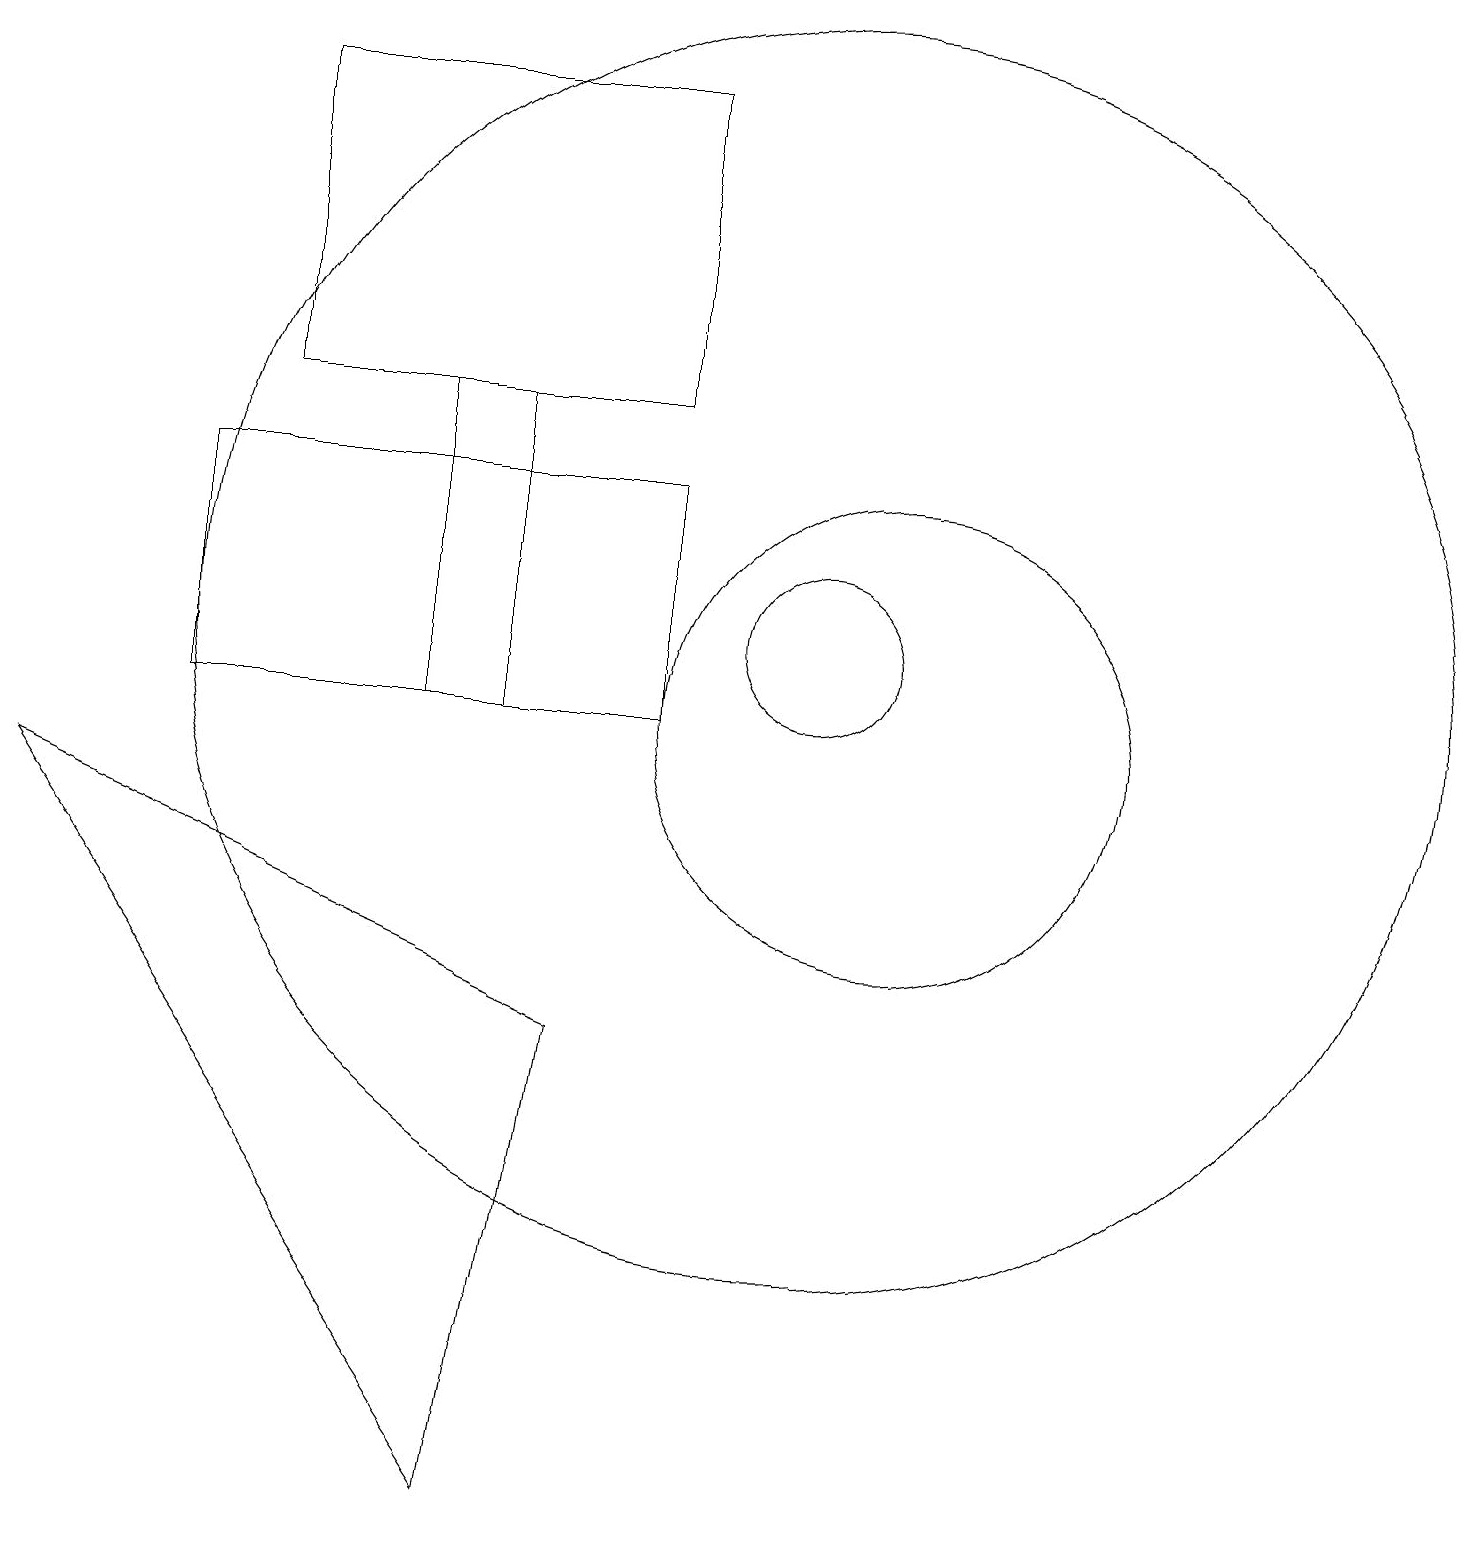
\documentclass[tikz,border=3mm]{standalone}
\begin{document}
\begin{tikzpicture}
\draw (10,11) circle (1);
\draw (11,10) circle (3);
\draw (6,10) rectangle (5,14);
\draw (8,10) rectangle (2,13);
\draw (3,14) rectangle (8,18);
\draw (7,6) -- (6,0) -- (0,9) -- cycle;
\draw (10,11) circle (8);
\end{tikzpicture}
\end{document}